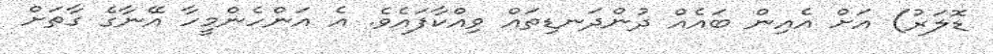
ޑޮލަރު) އަށް އެއިން ބައެއް ދުންދަނޑިތައް ވިއްކާފައެވެ. އެ އަންހެންމީހާ އޭނާގެ ގާތަށް